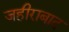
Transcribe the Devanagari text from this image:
जहीराबाद